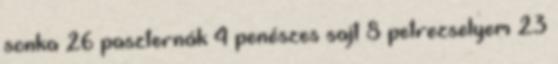
sonka 26 paszternák 4 penészes sajt 8 petrezselyem 23